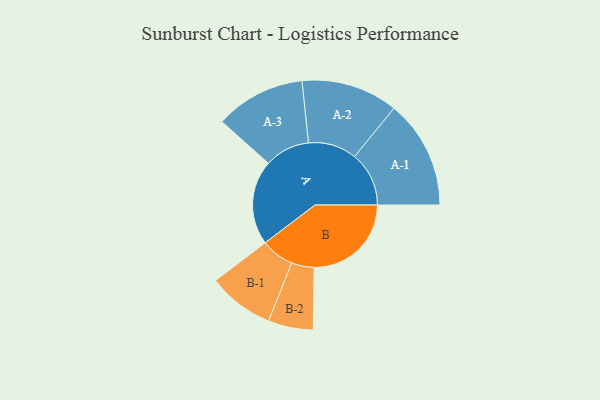
{"axis": {"x": "Segment", "y": "Value"}, "legend": ["", "A", "B"], "data": [{"x": "A", "y": 395, "type": ""}, {"x": "B", "y": 454, "type": ""}, {"x": "A-1", "y": 254, "type": "A"}, {"x": "A-2", "y": 226, "type": "A"}, {"x": "A-3", "y": 211, "type": "A"}, {"x": "B-1", "y": 155, "type": "B"}, {"x": "B-2", "y": 105, "type": "B"}]}